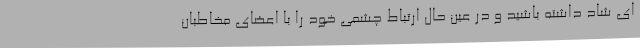
ای شاد داشته باشید و در عین حال ارتباط چشمی خود را با اعضای مخاطبان